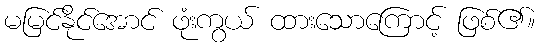
မမြင်နိုင်အောင် ဖုံးကွယ် ထားသောကြောင့် ဖြစ်၏။